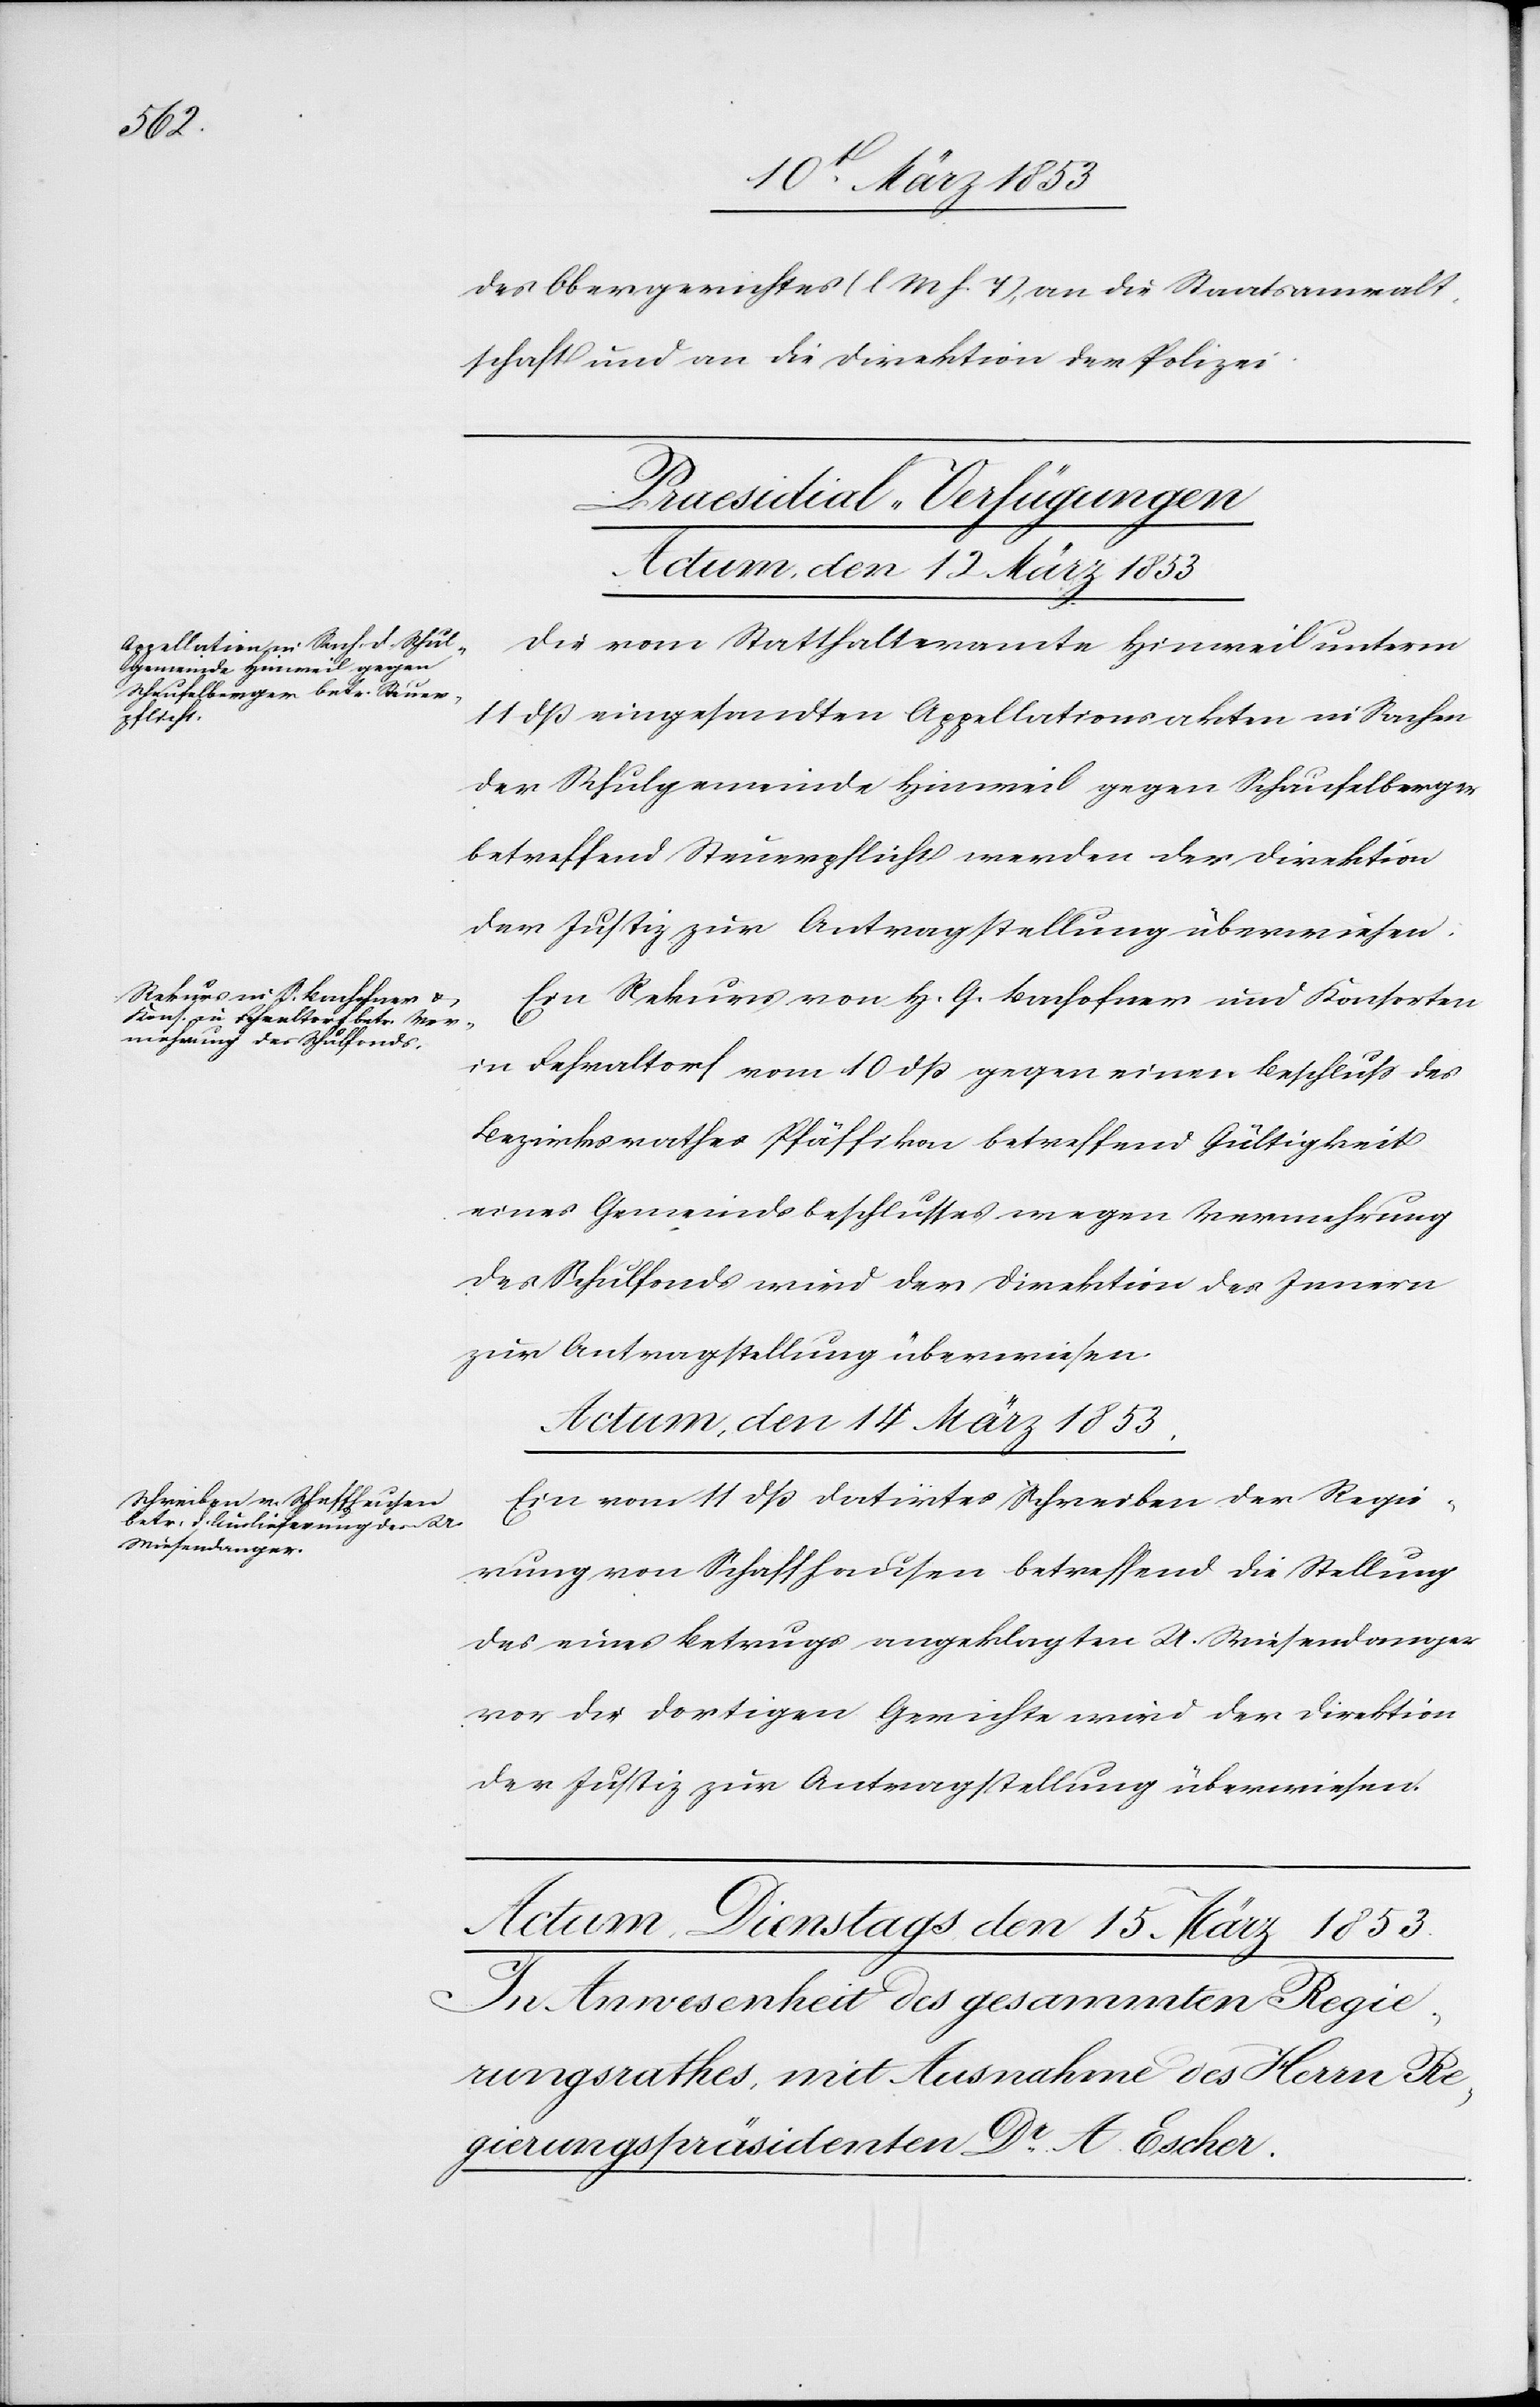
des Obergerichtes [l. M. h. T], an die Staatsanwalt¬
schaft und an die Direktion der Polizei.
[Praesidial-Verfügungen]
Actum den 12 März 1853]
Die vom Statthalteramte Hinweil unterm
11 dß eingesandten Appellationsakten in Sachen
der Schulgemeinde Hinweil gegen Schaufelberger
betreffend Steuerpflicht werden der Direktion
der Justiz zur Antragstellung überwiesen.
Ein Rekurs von H. G. Bachofner und Konsorten
in Fehraltorf vom 10 dß gegen einen Beschluß des
Bezirksrathes Pfäffikon betreffend Gültigkeit
eines Gemeindsbeschlusses wegen Vermehrung
des Schulfonds wird der Direktion des Innern
zur Antragstellung überwiesen.
Actum, den 14 März 1853
Ein vom 11 dß datirtes Schreiben der Regie¬
rung von Schaffhausen betreffend die Stellung
des eines Betruges angeklagten U. Wiesendanger
vor die dortigen Gerichte wird der Direktion
der Justiz zur Antragstellung überwiesen.